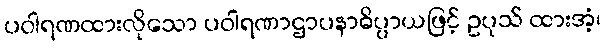
ပဝါရဏထားလိုသော ပဝါရဏာဌာပနာဓိပ္ပာယဖြင့် ဥပုသ် ထားအံ့၊